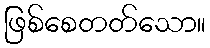
ဖြစ်စေတတ်သော။